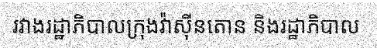
រវាងរដ្ឋាភិបាលក្រុងវ៉ាស៊ីនតោន និងរដ្ឋាភិបាល